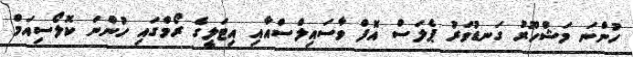
ހުންނަ މަޝްހޫރު ގަނޑުވަރު ޕެލަސް އޮފް ވާސައިލްސްއާއި އިޓަލީގެ ރޯމްގައި ހުންނަ ކޮލޯސިއަމް